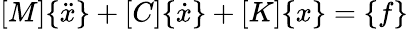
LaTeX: {\left[\begin{array}{l}{M}\end{array}\right]}{\left\{ \begin{array}{l}{{\ddot{x}}}\end{array}\right\} }+{\left[\begin{array}{l}{C}\end{array}\right]}{\left\{ \begin{array}{l}{{\dot{x}}}\end{array}\right\} }+{\left[\begin{array}{l}{K}\end{array}\right]}{\left\{ \begin{array}{l}{x}\end{array}\right\} }={\left\{ \begin{array}{l}{f}\end{array}\right\} }